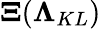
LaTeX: {\mathbf\Xi}({\mathbf\Lambda}_{KL})